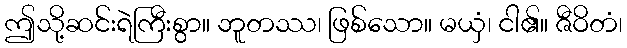
ဤသို့ဆင်းရဲကြီးစွာ။ ဘူတဿ၊ ဖြစ်သော။ မယှံ၊ ငါ၏။ ဇီဝိတံ၊